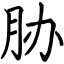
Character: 胁